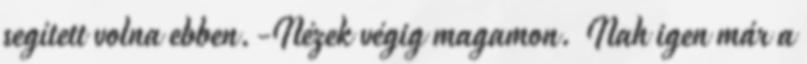
segített volna ebben.-Nézek végig magamon. Nah igen már a